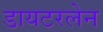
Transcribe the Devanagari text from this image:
डायटरलेन